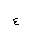
Letter: _ayn